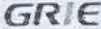
GRIE